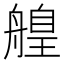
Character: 𦪄